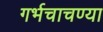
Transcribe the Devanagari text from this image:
गर्भचाचण्या